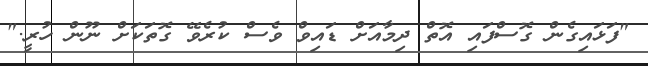
"ފަޅައިގެން ގޮސްފައި އޮތް ދިމާއަށް ޑައިވް ވެސް ކުރެވޭ ގޮތަކަށް ނޫން ހުރީ."